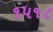
૧૫૧૮